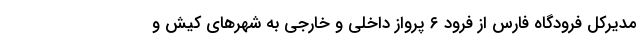
مدیرکل فرودگاه فارس از فرود ۶ پرواز داخلی و خارجی به شهرهای کیش و